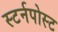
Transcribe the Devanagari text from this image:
स्टर्नपोस्ट